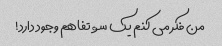
من فکر می کنم یک سوء تفاهم وجود دارد!